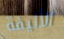
الأليفة